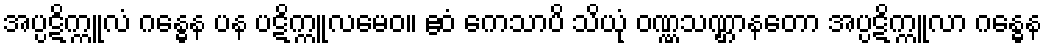
အပ္ပဋိက္ကူလံ ဂန္ဓေန ပန ပဋိက္ကူလမေဝ။ ဧဝံ ကေသာပိ သိယုံ ဝဏ္ဏသဏ္ဌာနတော အပ္ပဋိက္ကူလာ ဂန္ဓေန